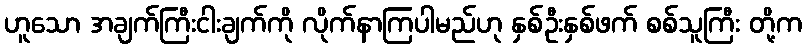
ဟူသော အချက်ကြီးငါးချက်ကို လိုက်နာကြပါမည်ဟု နှစ်ဦးနှစ်ဖက် စစ်သူကြီး တို့က